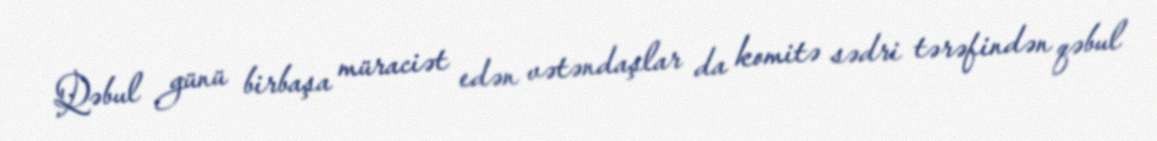
Qəbul günü birbaşa müraciət edən vətəndaşlar da komitə sədri tərəfindən qəbul